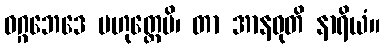
ဝဂ္ဂဘေဒေ ဗဟုတ္တေပိ၊ တာ အာနဝုတိ နာရိယံ။